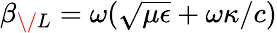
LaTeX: \beta_{\/ L}=\omega(\sqrt{\mu\epsilon}+\omega\kappa/c)